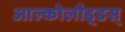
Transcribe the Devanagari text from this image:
आल्कोलौइ्डस्